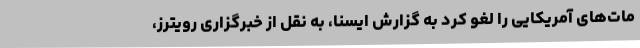
مات‌های آمریکایی را لغو کرد به گزارش ایسنا، به نقل از خبرگزاری رویترز،